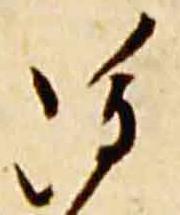
雖